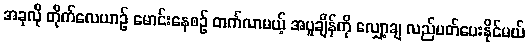
အခုလို တိုက်လေယာဉ် မောင်းနေစဉ် တက်လာမယ့် အပူချိန်ကို လျှော့ချ လည်ပတ်ပေးနိုင်မယ်